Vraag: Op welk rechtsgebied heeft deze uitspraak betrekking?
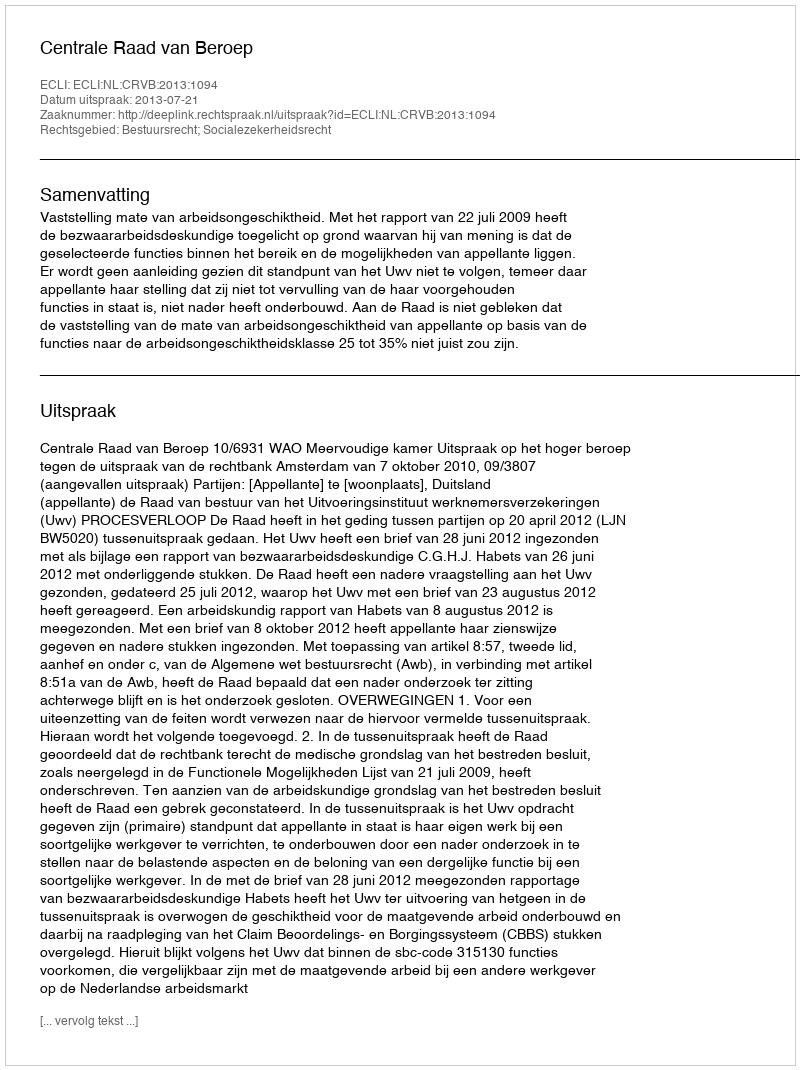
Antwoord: Bestuursrecht; Socialezekerheidsrecht